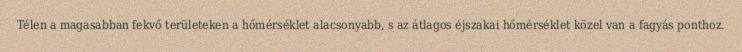
Télen a magasabban fekvő területeken a hőmérséklet alacsonyabb, s az átlagos éjszakai hőmérséklet közel van a fagyás ponthoz.